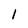
Character: 1